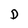
Character: D